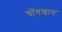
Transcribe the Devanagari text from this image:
चोंगखाम